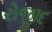
રોજીદ